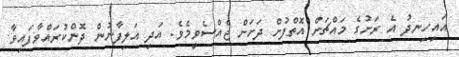
އައިހިނދު އެ ރަށުގެ މައްޗަށް އޮތްފުށް ދަށަށް ޖެއްސެވީމެވެ. އަދި އަލިފާނުން ދޮންކުރައްވާފައިވާ